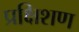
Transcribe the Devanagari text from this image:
प्रक्षिशण